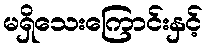
မရှိသေးကြောင်းနှင့်